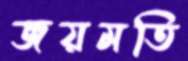
জয়মতি